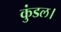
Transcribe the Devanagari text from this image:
कुंडल।